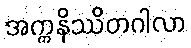
အက္ကနိဿိတဂါလာ